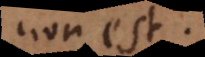
non est.